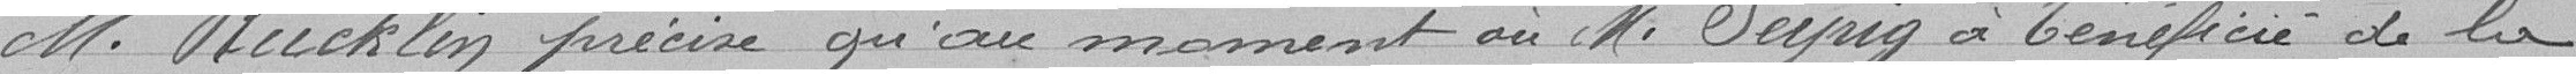
M. Rucklin précise qu'au moment où M. Seyrig a bénéficié de la